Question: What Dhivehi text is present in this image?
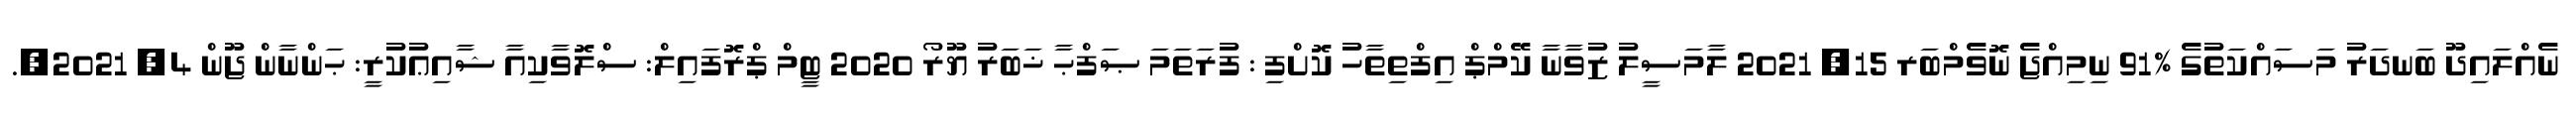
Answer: ނެއްލައިދޫ ބަނދަރު މަސައްކަތުގެ %91 ނިމިއްޖެ ނޮވެމްބަރ 15, 2021 ލާމަސީލު ޒުވާނާ ކޭމްޕް އިފްތިތާހު ކޮށްފި : ފުރަތަމަ ޞަފްޙާ ޚަބަރު ޔޫރޯ 2020 ޓީމް ޕްރޮފައިލް: ސްލޮވާކިއާ ޝާއިޢުކުރީ: ޙަންނާން ޖޫން 4, 2021,.